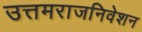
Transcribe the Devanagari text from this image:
उत्तमराजनिवेशन